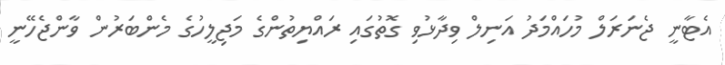
އެޓާނީ ޖެނަރަލް މުހައްމަދު އަނިލް ވިދާޅުވި ގޮތުގައި ރައްޔިތުންގެ މަޖިލީހުގެ މެންބަރުން ވާންޖެހޭނީ